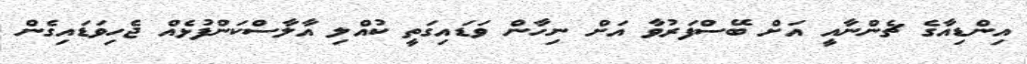
އިންޑިއާގެ ޗެންނާއީ އަށް ބޭސްފަރުވާ އަށް ނިހާން ވަޑައިގަތީ ކުއްލި އާލާސްކަންފުޅެއް ޖެހިވަޑައިގެން